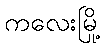
ကလေးမြို့